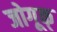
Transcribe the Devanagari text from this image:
जोगूक्